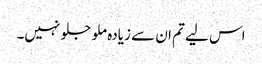
اس لیے تم ان سے زیادہ ملو جلو نہیں۔